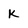
Character: K